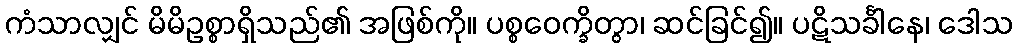
ကံသာလျှင် မိမိဥစ္စာရှိသည်၏ အဖြစ်ကို။ ပစ္စဝေက္ခိတွာ၊ ဆင်ခြင်၍။ ပဋိသင်္ခါနေ၊ ဒေါသ